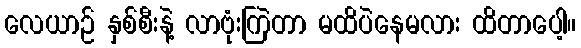
လေယာဉ် နှစ်စီးနဲ့ လာဗုံးကြဲတာ မထိပဲနေမလား ထိတာပေါ့။